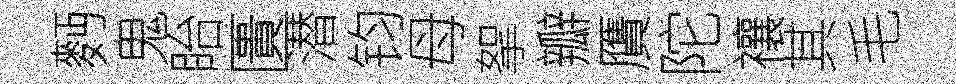
麪鬼眙匱潜钧母挐瓣贋陀禳其毛